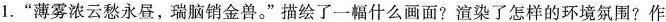
1.”薄雾浓云愁永昼，瑞脑销金兽。”描绘了一幅什么画面?渲染了怎样的环境氛围?作